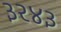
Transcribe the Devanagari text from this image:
३२४३